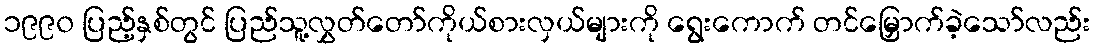
၁၉၉၀ ပြည့်နှစ်တွင် ပြည်သူ့လွှတ်တော်ကိုယ်စားလှယ်များကို ရွေးကောက် တင်မြှောက်ခဲ့သော်လည်း